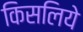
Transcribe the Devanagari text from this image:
किसलिये